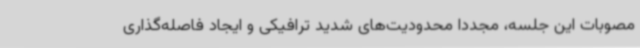
مصوبات این جلسه، مجددا محدودیت‌های شدید ترافیکی و ایجاد فاصله‌گذاری